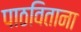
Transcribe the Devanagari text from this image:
पाठविताना